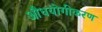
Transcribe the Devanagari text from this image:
औधयोगीकरण